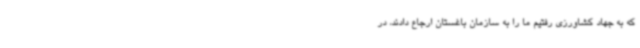
که به جهاد کشاورزی رفتیم ما را به سازمان باغستان ارجاع دادند، در